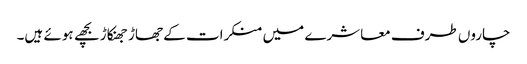
چاروں طرف معاشرے میں منکرات کے جھاڑ جھنکاڑ بچھے ہوئے ہیں۔